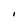
Character: I